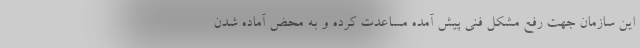
این سازمان جهت رفع مشکل فنی پیش آمده مساعدت کرده و به محض آماده شدن